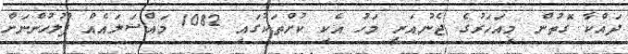
ދައްކާ ގޮތުން މިއަހަރުގެ ޖެނުއަރީ މަހު އެކި ކުށްތަކުގައި 1082 މައްސަލައެއް ފުލުހުންނަށް